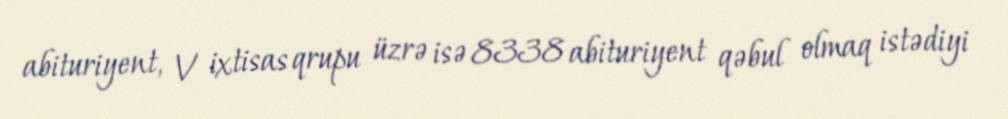
abituriyent, V ixtisas qrupu üzrə isə 8338 abituriyent qəbul olmaq istədiyi